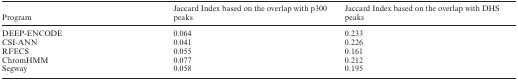
<table><thead><tr><td><b>Program</b></td><td><b>Jaccard Index based on the overlap with p300 peaks</b></td><td><b>Jaccard Index based on the overlap with DHS peaks</b></td></tr></thead><tbody><tr><td>DEEP-ENCODE</td><td>0.064</td><td>0.233</td></tr><tr><td>CSI-ANN</td><td>0.041</td><td>0.226</td></tr><tr><td>RFECS</td><td>0.055</td><td>0.161</td></tr><tr><td>ChromHMM</td><td>0.077</td><td>0.212</td></tr><tr><td>Segway</td><td>0.058</td><td>0.195</td></tr></tbody></table>